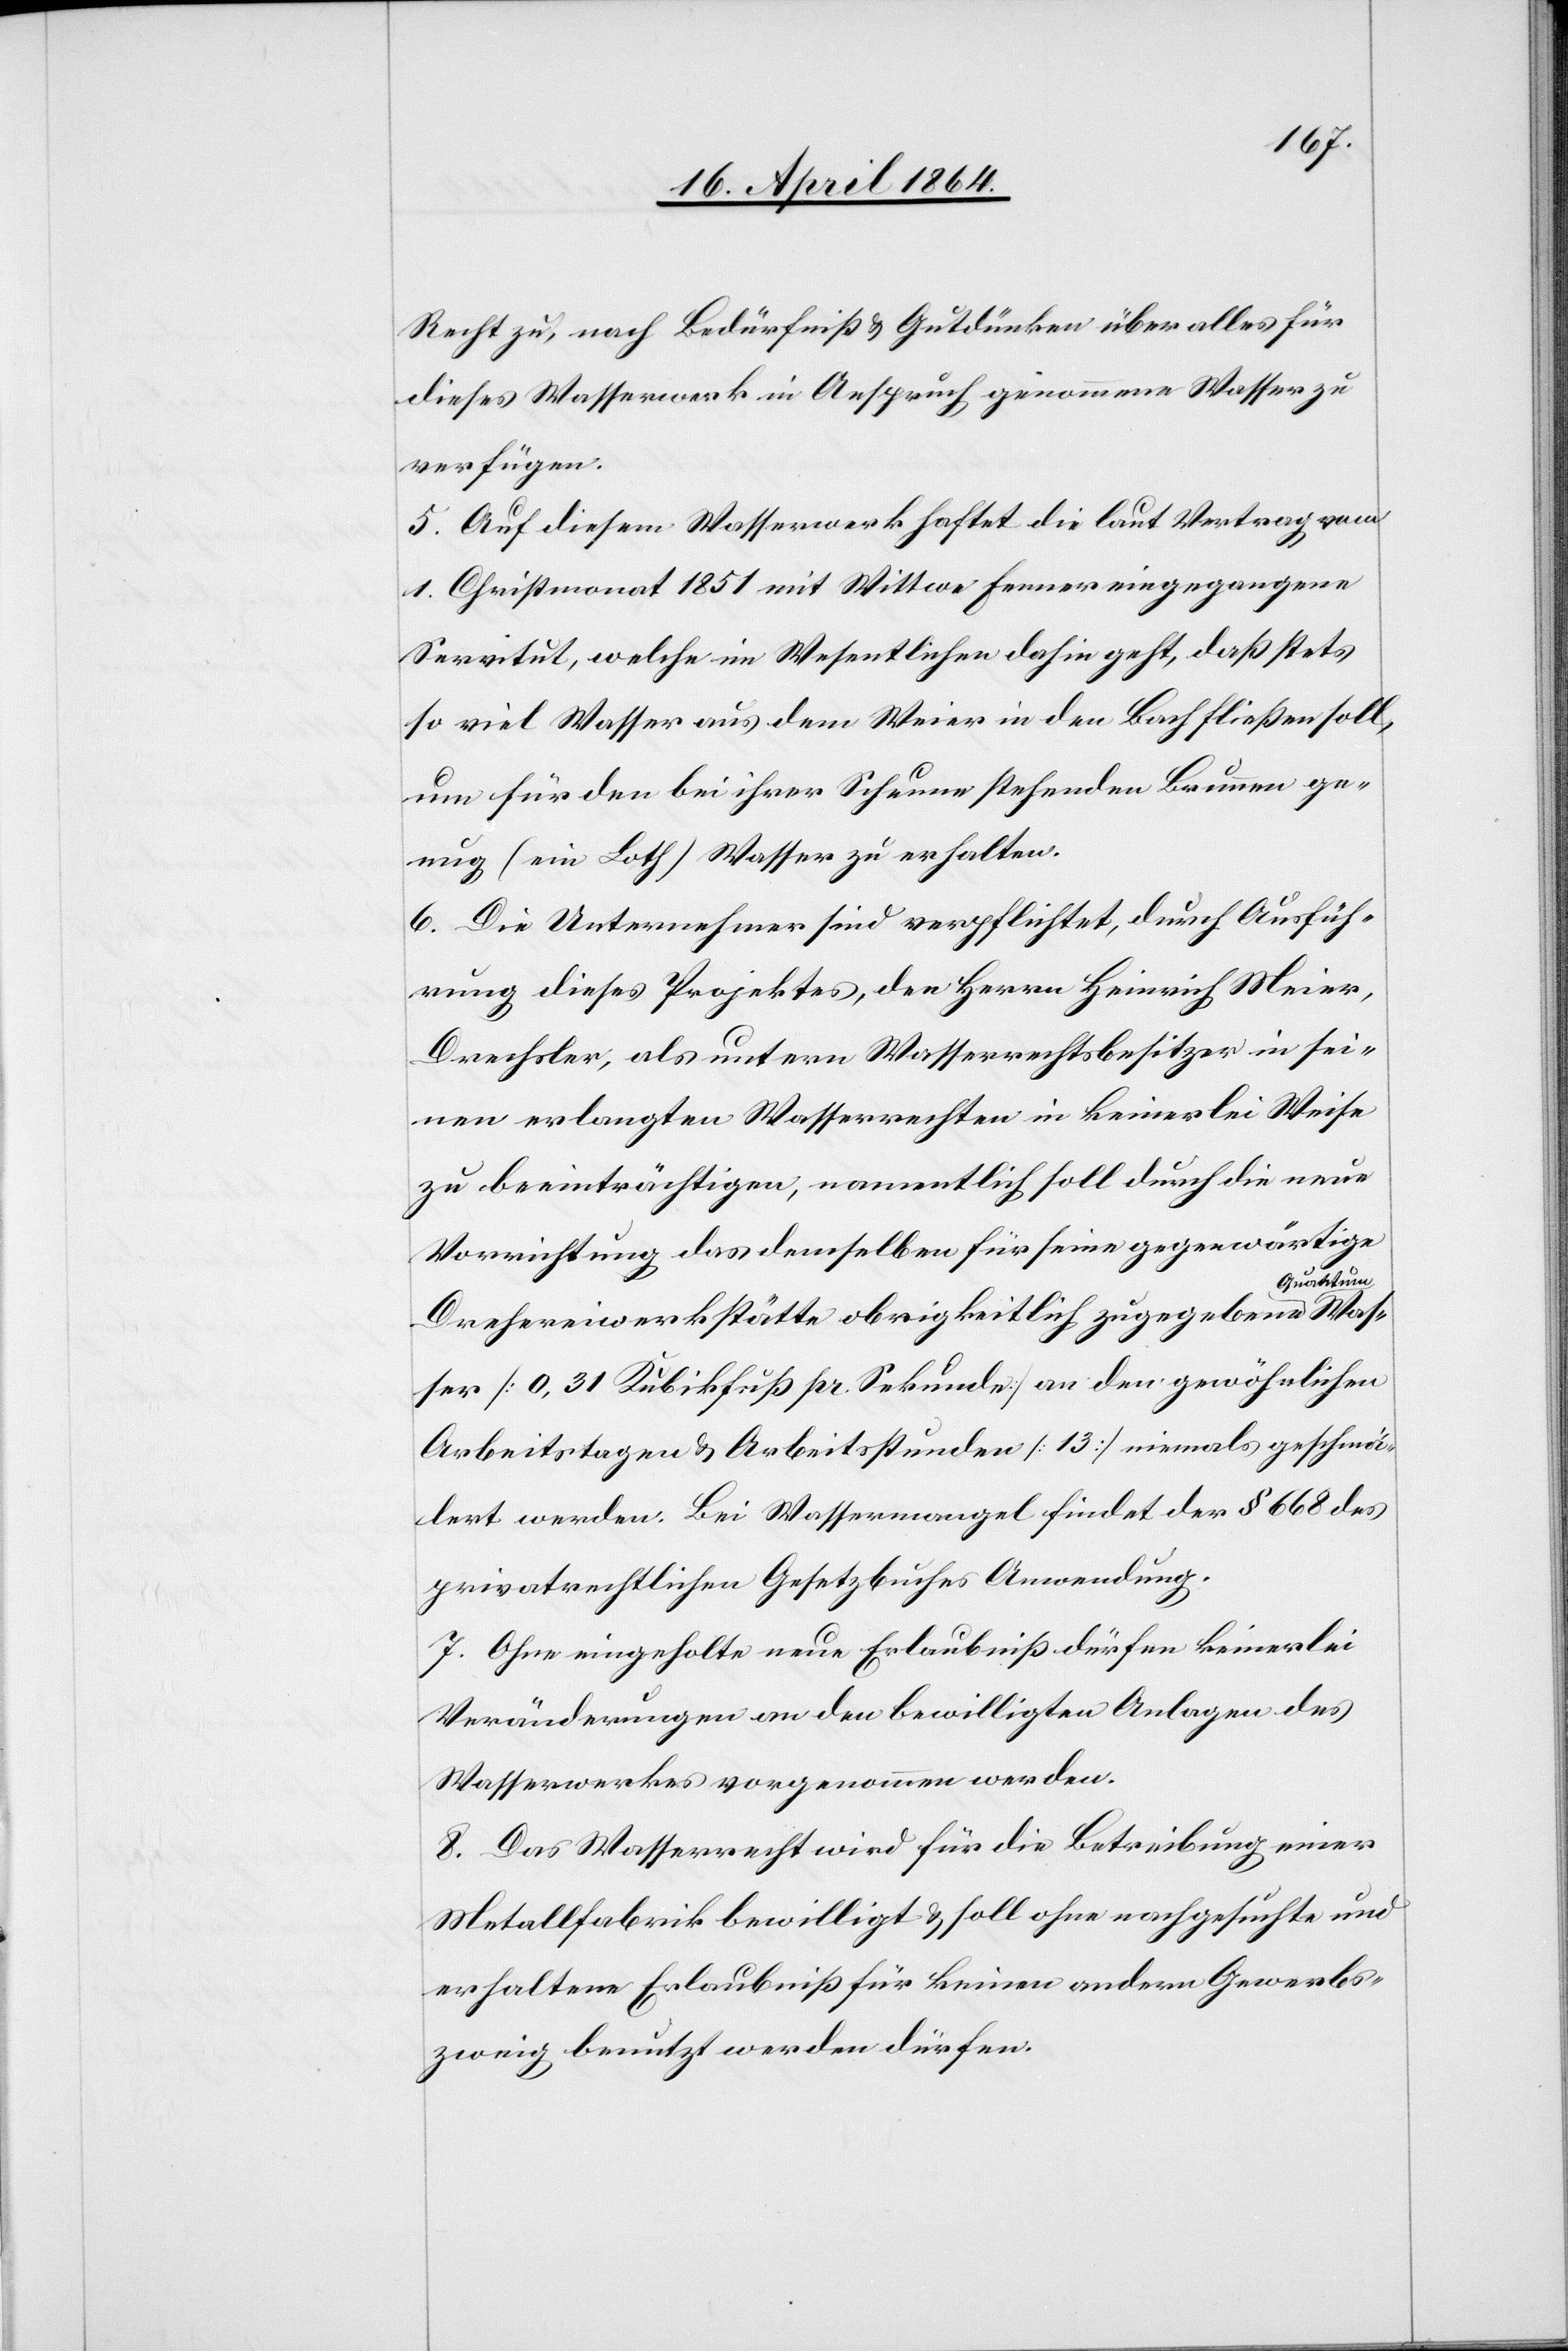
Recht zu, nach Bedürfniß u. Gutdünken über alles für
dieses Wasserwerk in Anspruch genommene Wasser zu
verfügen.
5. Auf diesem Wasserwerk haftet die laut Vertrag vom
1. Christmonat 1851 mit Wittwe Fenner eingegangene
Servitut, welche im Wesentlichen dahin geht, daß stets
so viel Wasser aus dem Weier in den Bach fließen soll,
um für den bei ihrer Scheune stehenden Brunnen ge¬
nug (ein Loth) Wasser zu erhalten.
6. Die Unternehmer sind verpflichtet, durch Ausfüh¬
rung dieses Projektes, den Herrn Heinrich Meier,
Drechsler, als untern Wasserrechtsbesitzer in sei¬
nen erlangten Wasserrechten in keinerlei Weise
zu beeinträchtigen, namentlich soll durch die neue
Vorrichtung das demselben für seine gegenwärtige
uantum-a Was¬
Drehereiwerkstätte obrigkeitlich zugegebene a-Q¬
ser [0,31 Kubikfuß pr. Sekunde] an den gewöhnlichen
Arbeitstagen u. Arbeitsstunden [13] niemals geschmä¬
lert werden. Bei Wassermangel findet der § 668 des
privatrechtlichen Gesetzbuches Anwendung.
7. Ohne eingeholte neue Erlaubniß dürfen keinerlei
Veränderungen an den bewilligten Anlagen des
Wasserwerkes vorgenommen werden.
8. Das Wasserrecht wird für die Betreibung einer
Metallfabrik bewilligt u. soll ohne nachgesuchte und
erhaltene Erlaubniß für keinen andern Gewerbs¬
zweig benutzt werden dürfen.